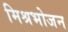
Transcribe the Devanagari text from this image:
मिश्रभोजन